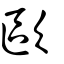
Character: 歐